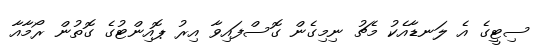
ސިޓީގެ އެ ލަނޑާއެކު މެޗު ނިމިގެން ގޮސްފައިވާ އިރު ޕޮއިންޓުގެ ގޮތުން ރޯމާއާ